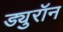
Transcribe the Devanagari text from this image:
ड्युरॉन